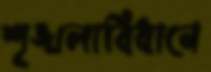
শৃঙ্খলাবিধানে